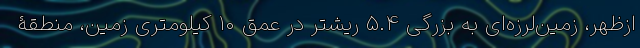
ازظهر، زمین‌لرزه‌ای به بزرگی ۵.۴ ریشتر در عمق ۱۰ کیلومتری زمین، منطقۀ